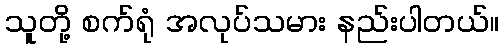
သူတို့ စက်ရုံ အလုပ်သမား နည်းပါတယ်။